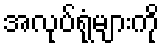
အလုပ်ရုံများကို